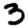
Digit: 3